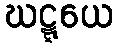
ဃဋ္ဋယေ